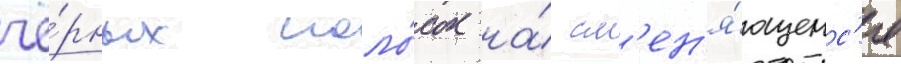
чё́рных поло́сок на́ см'ен'я́ющемс'я